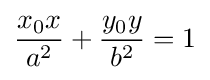
{\frac {x_{0}x}{a^{2}}}+{\frac {y_{0}y}{b^{2}}}=1